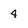
Character: 4